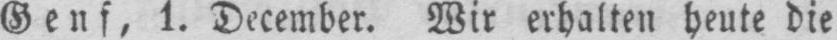
Genf, 1. December. Wir erhalten heute die